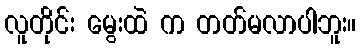
လူတိုင်း မွေးထဲ က တတ်မလာပါဘူး။